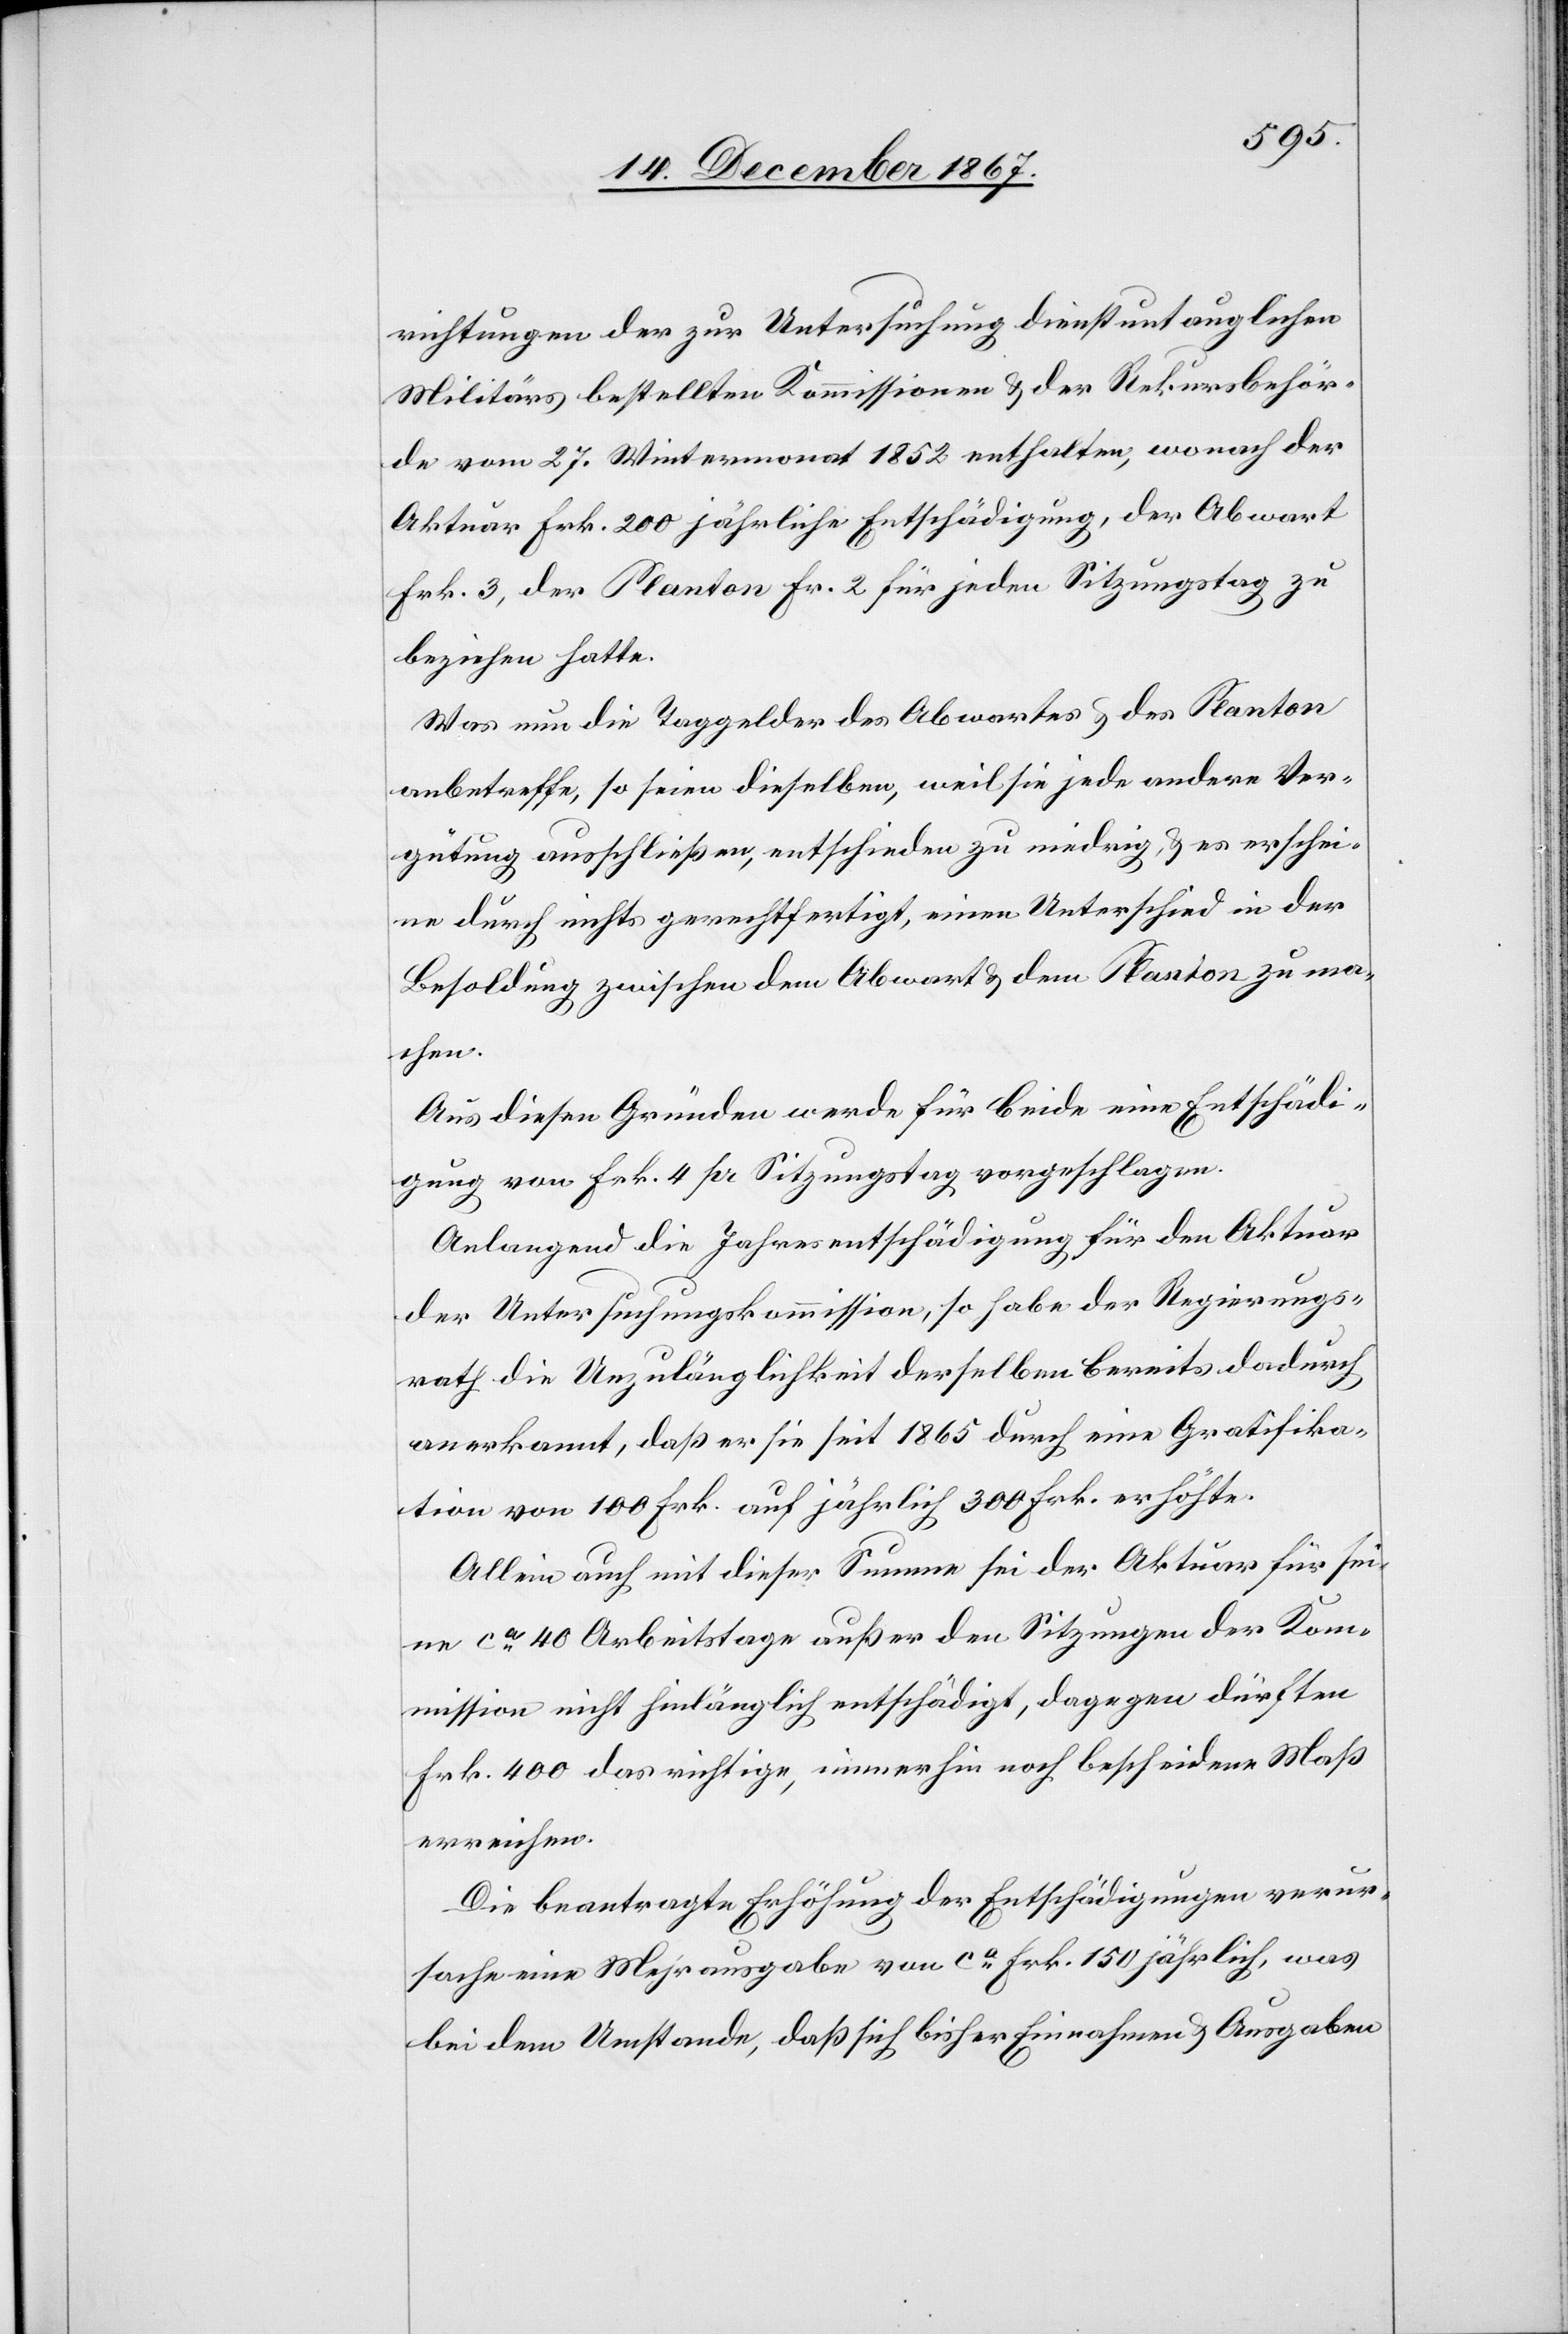
richtungen der zur Untersuchung dienstuntauglichen
Militärs bestellten Kommissionen u. der Rekursbehör¬
de vom 27. Wintermonat 1852 enthalten, wonach der
Aktuar Frk. 200 jährliche Entschädigung, der Abwart
Frk. 3, der Planton Fr. 2 für jeden Sitzungstag zu
beziehen hatte.
Was nun die Taggelder des Abwartes u. des Planton
anbetreffe, so seien dieselben, weil sie jede andere Ver¬
gütung ausschließen, entschieden zu niedrig, u. es erschei¬
ne durch nichts gerechtfertigt, einen Unterschied in der
Besoldung zwischen dem Abwart u. dem Planton zu ma¬
chen.
Aus diesen Gründen werde für beide eine Entschädi¬
gung von Frk. 4 pr. Sitzungstag vorgeschlagen.
Anlangend die Jahresentschädigung für den Aktuar
der Untersuchungskommission, so habe der Regierungs¬
rath die Unzulänglichkeit derselben bereits dadurch
anerkannt, daß er sie seit 1865 durch eine Gratifika¬
tion von 100 Frk. auf jährlich 300 Frk. erhöhte.
Allein auch mit dieser Summe sei der Aktuar für sei¬
ne ca. 40 Arbeitstage außer den Sitzungen der Kom¬
mission nicht hinlänglich entschädigt, dagegen dürfte
Frk. 400 das richtige, immerhin noch bescheidene Maß
erreichen.
Die beatragte Erhöhung der Entschädigungen verur¬
sache eine Mehrausgabe von ca. Frk. 150 jährlich, was
bei dem Umstande, daß sich bisher Einnahmen u. Ausgaben